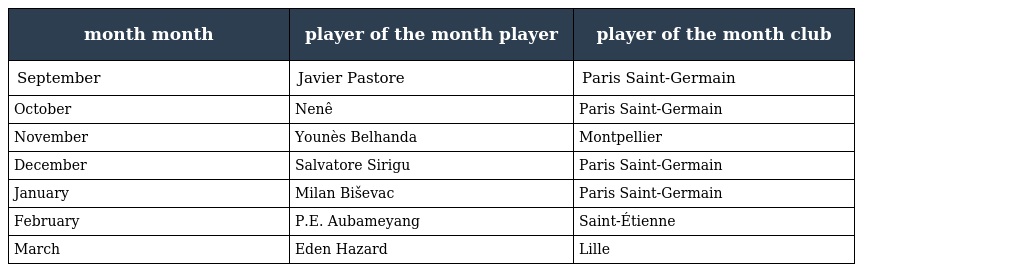
| month month | player of the month player | player of the month club |
 | --- | --- | --- |
 | September | Javier Pastore | Paris Saint-Germain |
 | October | Nenê | Paris Saint-Germain |
 | November | Younès Belhanda | Montpellier |
 | December | Salvatore Sirigu | Paris Saint-Germain |
 | January | Milan Biševac | Paris Saint-Germain |
 | February | P.E. Aubameyang | Saint-Étienne |
 | March | Eden Hazard | Lille |